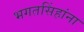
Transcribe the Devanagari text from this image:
भगतसिंहांना